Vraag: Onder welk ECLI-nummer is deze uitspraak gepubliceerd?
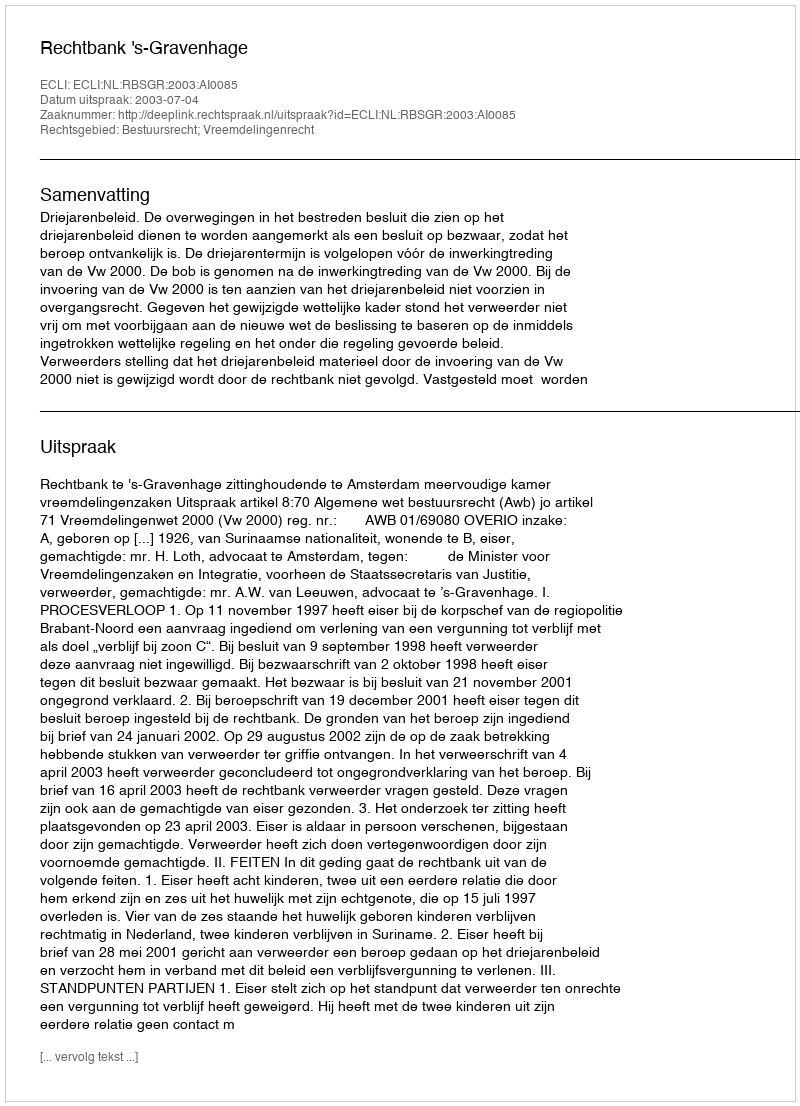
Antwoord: ECLI:NL:RBSGR:2003:AI0085